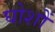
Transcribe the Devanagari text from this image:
घोशों